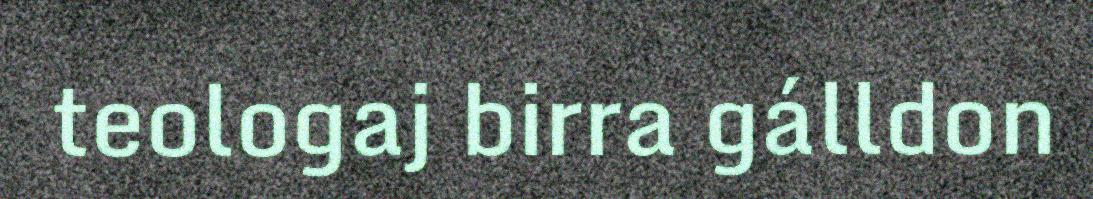
teologaj birra gálldon